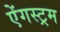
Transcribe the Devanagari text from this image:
ऐंगस्ट्रम